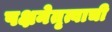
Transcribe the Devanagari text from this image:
पक्षनेतृत्वाची